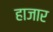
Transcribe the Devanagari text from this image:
हाजार